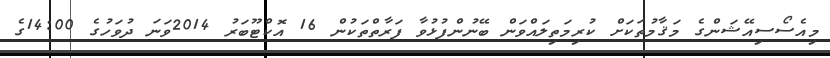
މިއެސޯސިއޭޝަންގެ މަޤާމުތަކަށް ކުރިމަތިލައްވަން ބޭނުންފުޅުވާ ފަރާތްތަކުން 16 އޮކްޓޫބަރު 2014ވަނަ ދުވަހުގެ 14:00ގެ